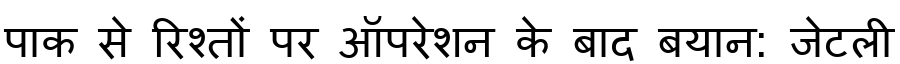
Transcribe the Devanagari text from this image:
पाक से रिश्तों पर ऑपरेशन के बाद बयान: जेटली